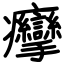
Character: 癴